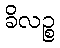
ခိလဉ္စ